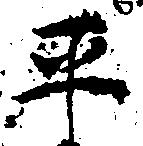
平